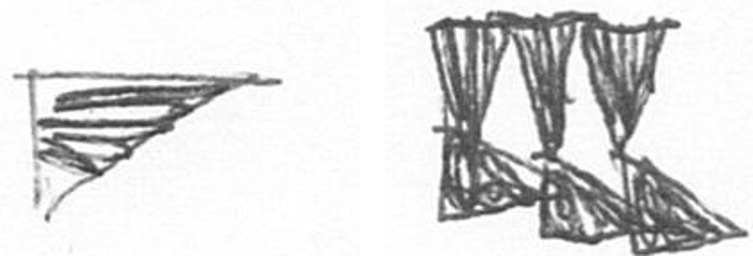
T D